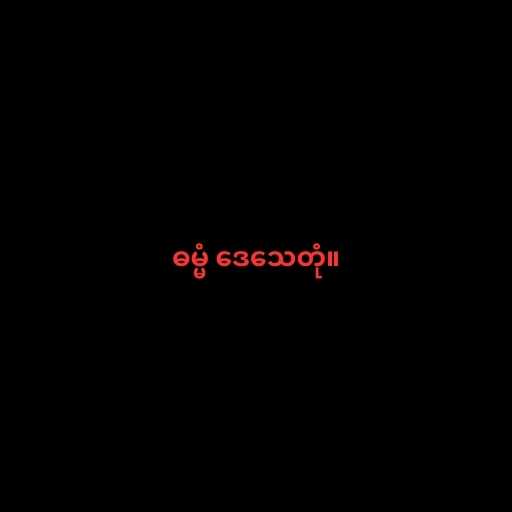
ဓမ္မံ ဒေသေတုံ။